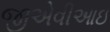
જીએવીઆઇ